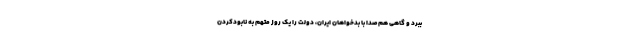
ببرد و گاهی هم‌صدا با بدخواهان ایران، دولت را یک روز متهم به نابودکردن